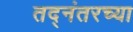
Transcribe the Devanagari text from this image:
तद्नंतरच्या